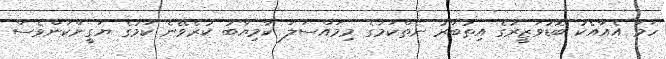
ހަމަ އެއާއެކު ބޮޑުވަޒީރުގެ އިތުބާރު ނެތްކަމުގެ މިމައްސަލަ ކާމިޔާބު ކުރެވޭނެ ކަމުގެ ޔަގީންކަންވެސް